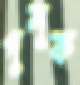
পুলুক